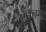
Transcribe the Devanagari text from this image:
बृहत्तम्